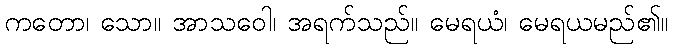
ကတော၊ သော။ အာသဝေါ၊ အရက်သည်။ မေရယံ၊ မေရယမည်၏။